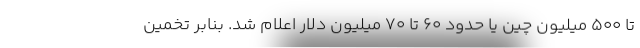
تا 500 میلیون چین یا حدود 60 تا 70 میلیون دلار اعلام شد. بنابر تخمین